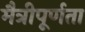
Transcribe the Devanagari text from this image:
मैत्रीपूर्णता